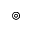
\circledcirc